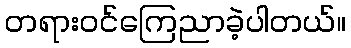
တရားဝင်ကြေညာခဲ့ပါတယ်။